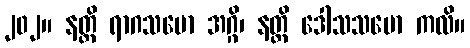
၂၀၂။ နတ္ထိ ရာဂသမော အဂ္ဂိ၊ နတ္ထိ ဒေါသသမော ကလိ။